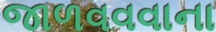
જાળવવવાના